Leaving Certificate Examination (including Day School Certificate (Higher) General paper), 1934
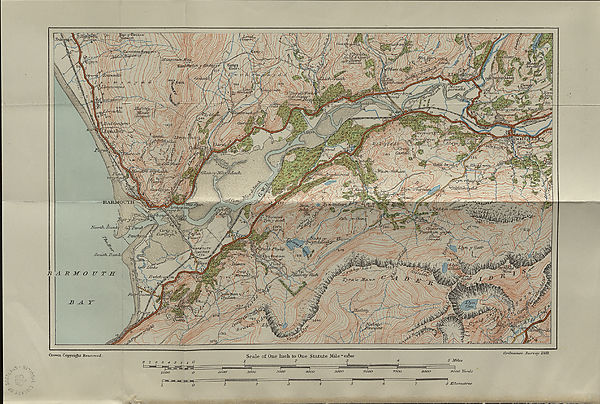
HIGHER GEOG.
(MAP.)
LEAVING CERTIFICATE EXAMINATION, 1934.
SOIBNOB
IIIGKIIKIR GhU^BJE—(GhBOGhB^PHY)
MAP
IPIIili THIS IN IPIHST
Name of School
Name of Pupil
,J: >-
TO BE PINNED INSIDE THE CANDIDATE’S BOOK OF ANSWERS
AND THUS SENT TO THE DEPARTMENT.
(550/33.
[OVER